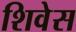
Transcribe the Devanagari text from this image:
शिवेस